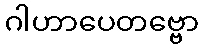
ဂါဟာပေတဗ္ဗော